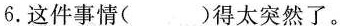
6.这件事情()得太突然了。